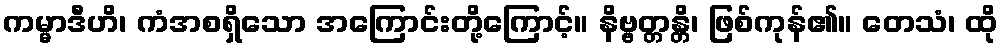
ကမ္မာဒီဟိ၊ ကံအစရှိသော အကြောင်းတို့ကြောင့်။ နိဗ္ဗတ္တန္တိ၊ ဖြစ်ကုန်၏။ တေသံ၊ ထို